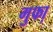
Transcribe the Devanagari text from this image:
गुफा़